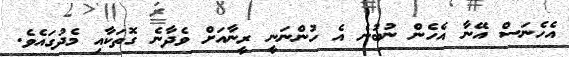
އެހެނަސް އޭނާ އެހެން ނުބުނެ އެ ހުންނަނީ ރީނާއަށް ވެދާނެ ގޮތަކާއި މެދުގައެވެ.